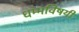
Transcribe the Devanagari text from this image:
धम्मविषयी